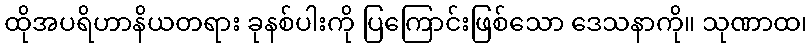
ထိုအပရိဟာနိယတရား ခုနစ်ပါးကို ပြကြောင်းဖြစ်သော ဒေသနာကို။ သုဏာထ၊